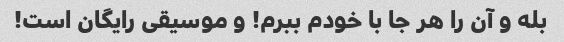
بله و آن را هر جا با خودم ببرم! و موسیقی رایگان است!